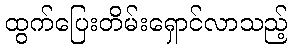
ထွက်ပြေးတိမ်းရှောင်လာသည့်